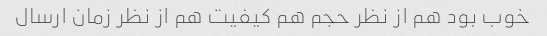
خوب بود هم از نظر حجم هم کیفیت هم از نظر زمان ارسال